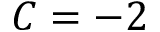
C = - 2